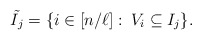
\begin{align*} \tilde{I_j}=\{i\in [n/\ell]:\: V_i\subseteq I_j\}.\end{align*}